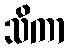
သိကာ